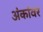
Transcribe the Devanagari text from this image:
अंकांवर